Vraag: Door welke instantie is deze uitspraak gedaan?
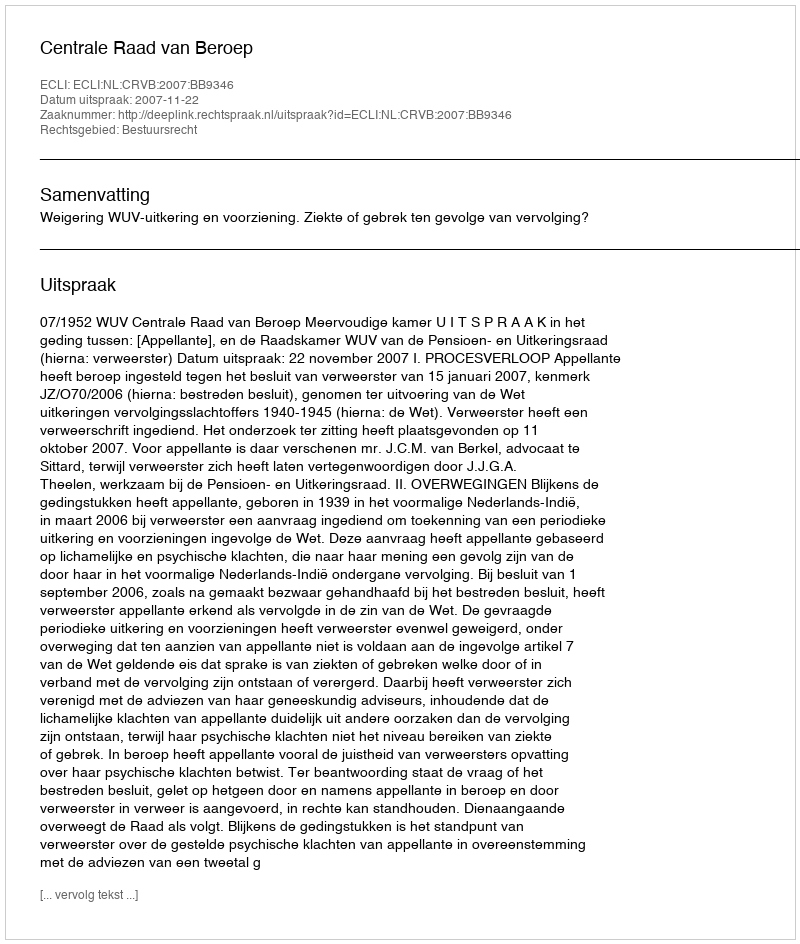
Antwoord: Centrale Raad van Beroep